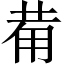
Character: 𤰇